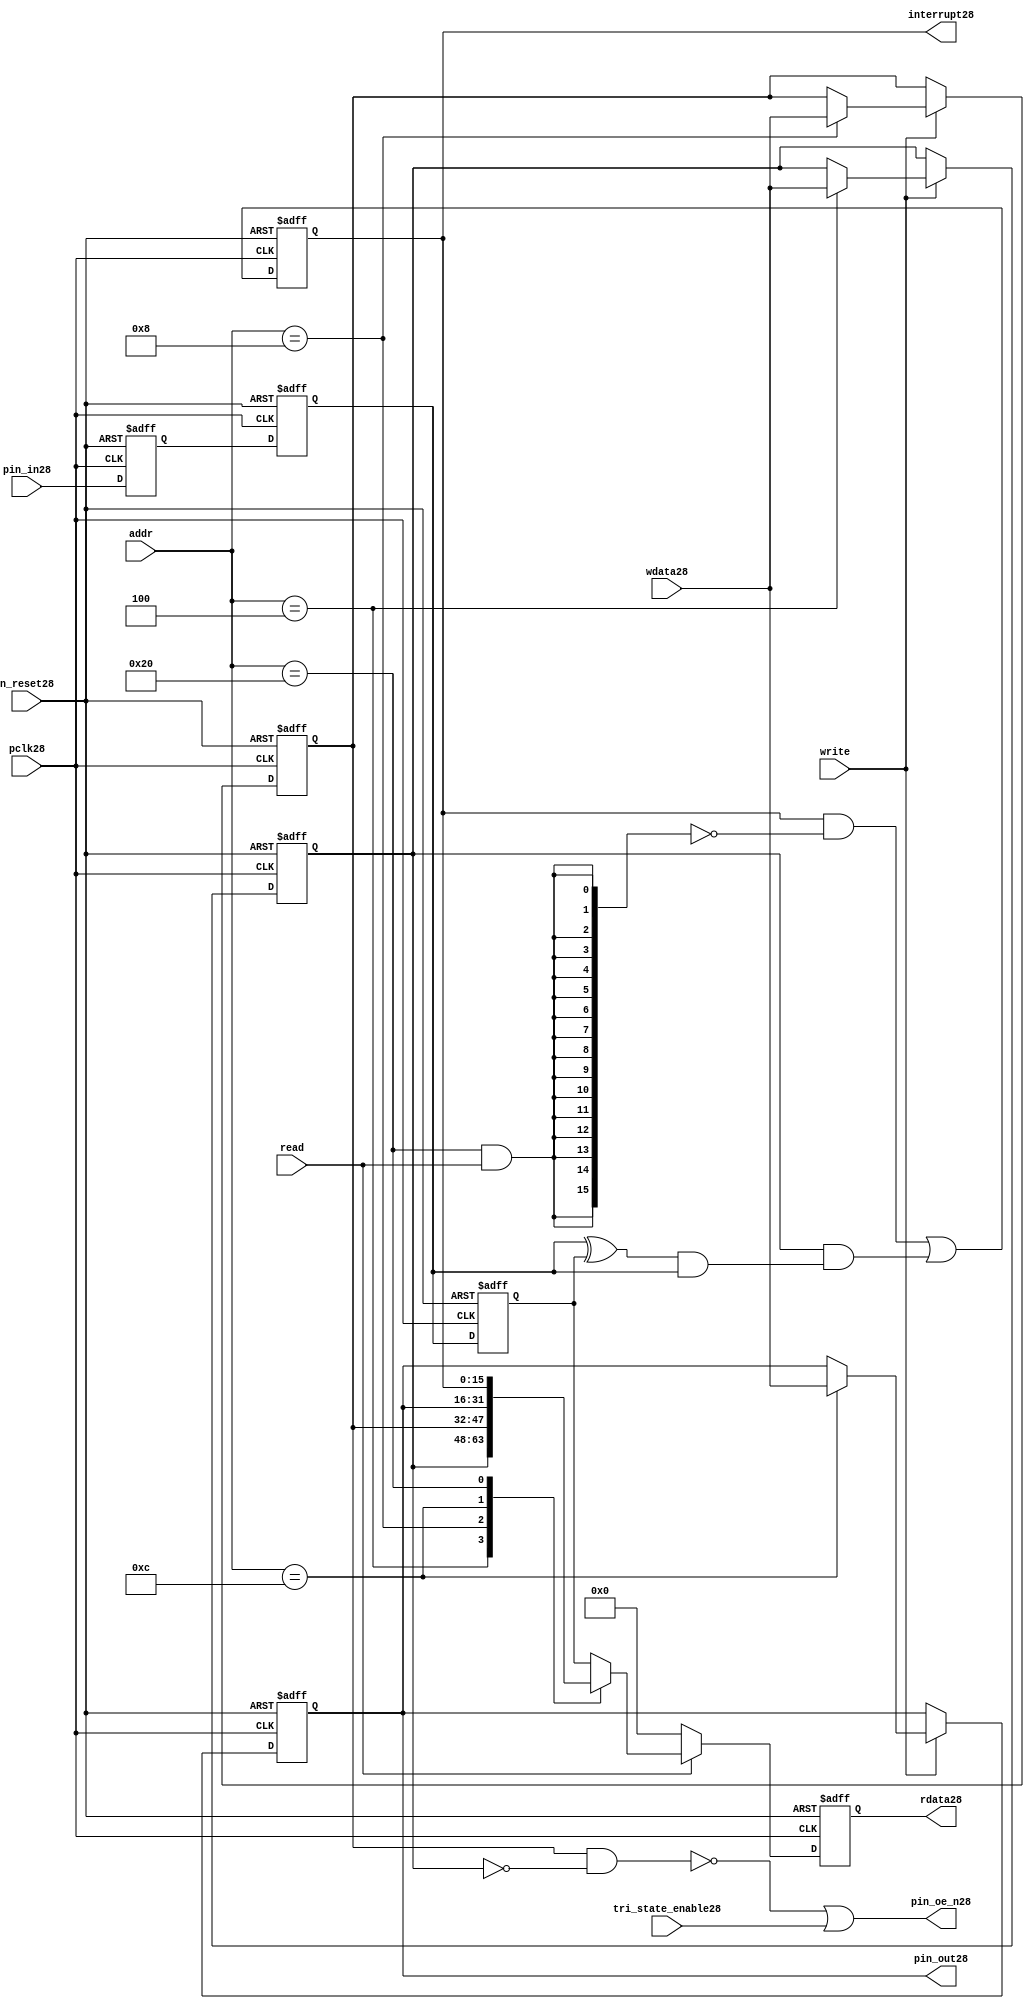
//File28 name   : gpio_lite_subunit28.v
//Title28       : 
//Created28     : 1999
//Description28 : Parametrised28 GPIO28 pin28 circuits28
//Notes28       : 
//----------------------------------------------------------------------
//   Copyright28 1999-2010 Cadence28 Design28 Systems28, Inc28.
//   All Rights28 Reserved28 Worldwide28
//
//   Licensed28 under the Apache28 License28, Version28 2.0 (the
//   "License28"); you may not use this file except28 in
//   compliance28 with the License28.  You may obtain28 a copy of
//   the License28 at
//
//       http28://www28.apache28.org28/licenses28/LICENSE28-2.0
//
//   Unless28 required28 by applicable28 law28 or agreed28 to in
//   writing, software28 distributed28 under the License28 is
//   distributed28 on an "AS28 IS28" BASIS28, WITHOUT28 WARRANTIES28 OR28
//   CONDITIONS28 OF28 ANY28 KIND28, either28 express28 or implied28.  See
//   the License28 for the specific28 language28 governing28
//   permissions28 and limitations28 under the License28.
//----------------------------------------------------------------------


module gpio_lite_subunit28(
  //Inputs28

  n_reset28,
  pclk28,

  read,
  write,
  addr,

  wdata28,
  pin_in28,

  tri_state_enable28,

  //Outputs28
 
  interrupt28,

  rdata28,
  pin_oe_n28,
  pin_out28

);
 
   // Inputs28
   
   // Clocks28   
   input n_reset28;            // asynch28 reset, active low28
   input pclk28;               // Ppclk28

   // Controls28
   input read;               // select28 GPIO28 read
   input write;              // select28 GPIO28 write
   input [5:0] 
         addr;               // address bus of selected master28

   // Dataflow28
   input [15:0]
         wdata28;              // GPIO28 Input28
   input [15:0]
         pin_in28;             // input data from pin28

   //Design28 for Test28 Inputs28
   input [15:0]
         tri_state_enable28;   // disables28 op enable -> Z28




   
   // Outputs28
   
   // Controls28
   output [15:0]
          interrupt28;         // interupt28 for input pin28 change

   // Dataflow28
   output [15:0]
          rdata28;             // GPIO28 Output28
   output [15:0]
          pin_oe_n28;          // output enable signal28 to pin28
   output [15:0]
          pin_out28;           // output signal28 to pin28
   



   
   // Registers28 in module

   //Define28 Physical28 registers in amba_unit28
   reg    [15:0]
          direction_mode28;     // 1=Input28 0=Output28              RW
   reg    [15:0]
          output_enable28;      // Output28 active                 RW
   reg    [15:0]
          output_value28;       // Value outputed28 from reg       RW
   reg    [15:0]
          input_value28;        // Value input from bus          R
   reg    [15:0]
          int_status28;         // Interrupt28 status              R

   // registers to remove metastability28
   reg    [15:0]
          s_synch28;            //stage_two28
   reg    [15:0]
          s_synch_two28;        //stage_one28 - to ext pin28
   
   
    
          
   // Registers28 for outputs28
   reg    [15:0]
          rdata28;              // prdata28 reg
   wire   [15:0]
          pin_oe_n28;           // gpio28 output enable
   wire   [15:0]
          pin_out28;            // gpio28 output value
   wire   [15:0]
          interrupt28;          // gpio28 interrupt28
   wire   [15:0]
          interrupt_trigger28;  // 1 sets28 interrupt28 status
   reg    [15:0]
          status_clear28;       // 1 clears28 interrupt28 status
   wire   [15:0]
          int_event28;          // 1 detects28 an interrupt28 event

   integer ia28;                // loop variable
   


   // address decodes28
   wire   ad_direction_mode28;  // 1=Input28 0=Output28              RW
   wire   ad_output_enable28;   // Output28 active                 RW
   wire   ad_output_value28;    // Value outputed28 from reg       RW
   wire   ad_int_status28;      // Interrupt28 status              R
   
//Register addresses28
//If28 modifying28 the APB28 address (PADDR28) width change the following28 bit widths28
parameter GPR_DIRECTION_MODE28   = 6'h04;       // set pin28 to either28 I28 or O28
parameter GPR_OUTPUT_ENABLE28    = 6'h08;       // contains28 oe28 control28 value
parameter GPR_OUTPUT_VALUE28     = 6'h0C;       // output value to be driven28
parameter GPR_INPUT_VALUE28      = 6'h10;       // gpio28 input value reg
parameter GPR_INT_STATUS28       = 6'h20;       // Interrupt28 status register

//Reset28 Values28
//If28 modifying28 the GPIO28 width change the following28 bit widths28
//parameter GPRV_RSRVD28            = 32'h0000_0000; // Reserved28
parameter GPRV_DIRECTION_MODE28  = 32'h00000000; // Default to output mode
parameter GPRV_OUTPUT_ENABLE28   = 32'h00000000; // Default 3 stated28 outs28
parameter GPRV_OUTPUT_VALUE28    = 32'h00000000; // Default to be driven28
parameter GPRV_INPUT_VALUE28     = 32'h00000000; // Read defaults28 to zero
parameter GPRV_INT_STATUS28      = 32'h00000000; // Int28 status cleared28



   //assign ad_bypass_mode28    = ( addr == GPR_BYPASS_MODE28 );   
   assign ad_direction_mode28 = ( addr == GPR_DIRECTION_MODE28 );   
   assign ad_output_enable28  = ( addr == GPR_OUTPUT_ENABLE28 );   
   assign ad_output_value28   = ( addr == GPR_OUTPUT_VALUE28 );   
   assign ad_int_status28     = ( addr == GPR_INT_STATUS28 );   

   // assignments28
   
   assign interrupt28         = ( int_status28);

   assign interrupt_trigger28 = ( direction_mode28 & int_event28 ); 

   assign int_event28 = ((s_synch28 ^ input_value28) & ((s_synch28)));

   always @( ad_int_status28 or read )
   begin : p_status_clear28

     for ( ia28 = 0; ia28 < 16; ia28 = ia28 + 1 )
     begin

       status_clear28[ia28] = ( ad_int_status28 & read );

     end // for ia28

   end // p_status_clear28

   // p_write_register28 : clocked28 / asynchronous28
   //
   // this section28 contains28 all the code28 to write registers

   always @(posedge pclk28 or negedge n_reset28)
   begin : p_write_register28

      if (~n_reset28)
      
       begin
         direction_mode28  <= GPRV_DIRECTION_MODE28;
         output_enable28   <= GPRV_OUTPUT_ENABLE28;
         output_value28    <= GPRV_OUTPUT_VALUE28;
       end
      
      else 
      
       begin
      
         if (write == 1'b1) // Write value to registers
      
          begin
              
            // Write Mode28
         
            if ( ad_direction_mode28 ) 
               direction_mode28 <= wdata28;
 
            if ( ad_output_enable28 ) 
               output_enable28  <= wdata28;
     
            if ( ad_output_value28 )
               output_value28   <= wdata28;

              

           end // if write
         
       end // else: ~if(~n_reset28)
      
   end // block: p_write_register28



   // p_metastable28 : clocked28 / asynchronous28 
   //
   // This28 process  acts28 to remove  metastability28 propagation
   // Only28 for input to GPIO28
   // In Bypass28 mode pin_in28 passes28 straight28 through

   always @(posedge pclk28 or negedge n_reset28)
      
   begin : p_metastable28
      
      if (~n_reset28)
        begin
         
         s_synch28       <= {16 {1'b0}};
         s_synch_two28   <= {16 {1'b0}};
         input_value28   <= GPRV_INPUT_VALUE28;
         
        end // if (~n_reset28)
      
      else         
        begin
         
         input_value28   <= s_synch28;
         s_synch28       <= s_synch_two28;
         s_synch_two28   <= pin_in28;

        end // else: ~if(~n_reset28)
      
   end // block: p_metastable28


   // p_interrupt28 : clocked28 / asynchronous28 
   //
   // These28 lines28 set and clear the interrupt28 status

   always @(posedge pclk28 or negedge n_reset28)
   begin : p_interrupt28
      
      if (~n_reset28)
         int_status28      <= GPRV_INT_STATUS28;
      
      else 
         int_status28      <= ( int_status28 & ~(status_clear28) // read & clear
                            ) |
                            interrupt_trigger28;             // new interrupt28
        
   end // block: p_interrupt28
   
   
   // p_read_register28  : clocked28 / asynchronous28 
   //
   // this process registers the output values

   always @(posedge pclk28 or negedge n_reset28)

      begin : p_read_register28
         
         if (~n_reset28)
         
           begin

            rdata28 <= {16 {1'b0}};

           end
           
         else //if not reset
         
           begin
         
            if (read == 1'b1)
            
              begin
            
               case (addr)
            
                  
                  GPR_DIRECTION_MODE28:
                     rdata28 <= direction_mode28;
                  
                  GPR_OUTPUT_ENABLE28:
                     rdata28 <= output_enable28;
                  
                  GPR_OUTPUT_VALUE28:
                     rdata28 <= output_value28;
                  
                  GPR_INT_STATUS28:
                     rdata28 <= int_status28;
                  
                  default: // if GPR_INPUT_VALUE28 or unmapped reg addr
                     rdata28 <= input_value28;
            
               endcase
            
              end //end if read
            
            else //in not read
            
              begin // if not a valid read access, keep28 '0'-s 
              
               rdata28 <= {16 {1'b0}};
              
              end //end if not read
              
           end //end else if not reset

      end // p_read_register28


   assign pin_out28 = 
        ( output_value28 ) ;
     
   assign pin_oe_n28 = 
      ( ( ~(output_enable28 & ~(direction_mode28)) ) |
        tri_state_enable28 ) ;

                
  
endmodule // gpio_subunit28